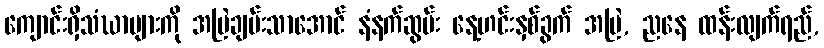
ကျောင်းရှိသံဃာများကို အမြဲချမ်းသာအောင် နံနက်ဆွမ်း နေ့ဟင်းနှစ်ခွက် အမြဲ, ညနေ ထန်းလျက်ရည်,